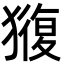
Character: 𭸬